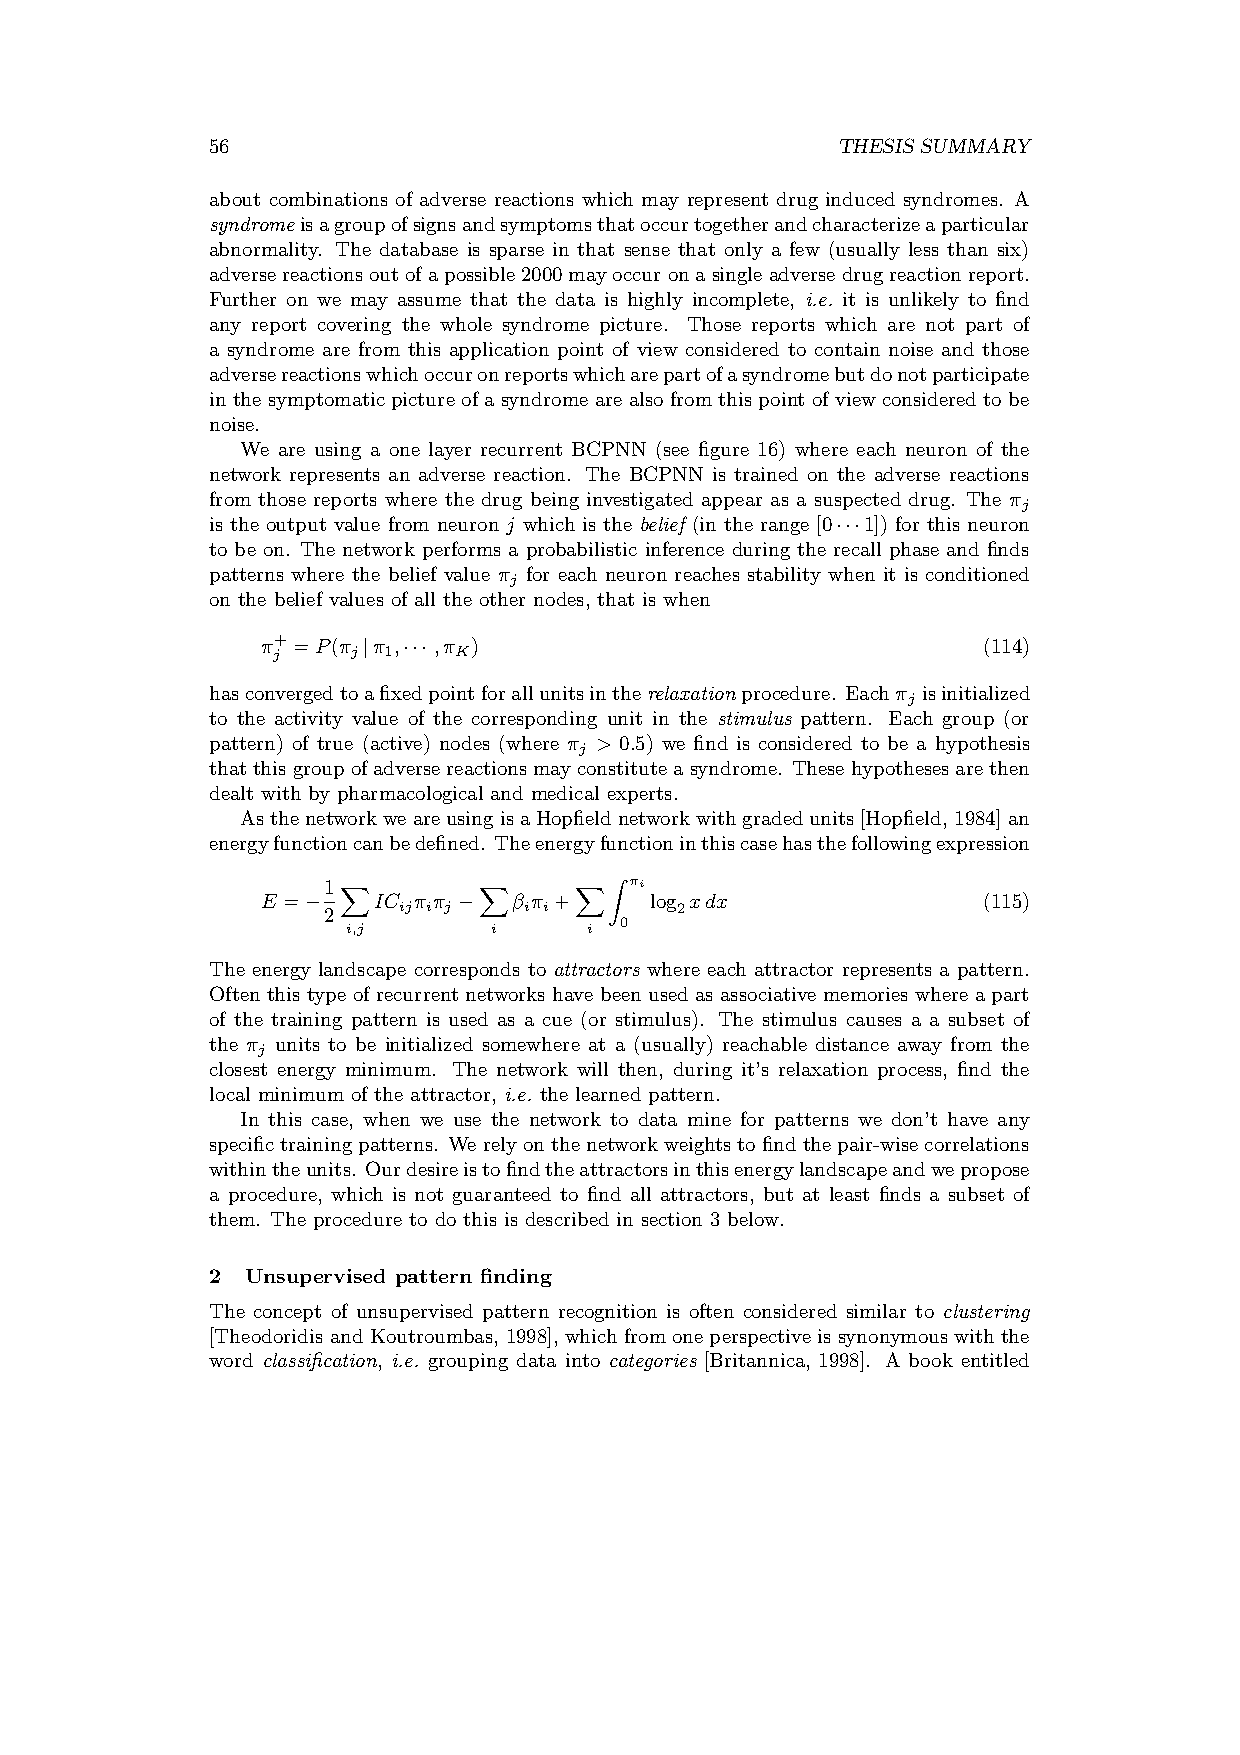
56                                       THESIS SUMMARY
 about combinations of adverse reactions which may represent drug induced syndromes. A
 syndromeisagroupofsignsandsymptomsthatoccurtogetherandcharacterizeaparticular
 abnormality. The database is sparse in that sense that only a few (usually less than six)
 adversereactionsoutofapossible2000mayoccuronasingleadversedrugreactionreport.
 Further on we may assume that the data is highly incomplete, i.e. it is unlikely to find
 any report covering the whole syndrome picture. Those reports which are not part of
 a syndrome are from this application point of view considered to contain noise and those
 adversereactionswhichoccuronreportswhicharepartofasyndromebutdonotparticipate
 in the symptomatic picture of a syndrome are also from this point of view considered to be
 noise.
 We are using a one layer recurrent BCPNN (see figure 16) where each neuron of the
 network represents an adverse reaction. The BCPNN is trained on the adverse reactions
 from those reports where the drug being investigated appear as a suspected drug. The π
 j
 is the output value from neuron j which is the belief (in the range [0 1]) for this neuron
 ¢¢¢
 to be on. The network performs a probabilistic inference during the recall phase and finds
 patterns where the belief value π for each neuron reaches stability when it is conditioned
 j
 on the belief values of all the other nodes, that is when
 π+ =P(π π , ,π )                                (114)
 j    j j 1 ¢¢¢ K
 hasconvergedtoafixedpointforallunitsintherelaxationprocedure. Eachπ isinitialized
 j
 to the activity value of the corresponding unit in the stimulus pattern. Each group (or
 pattern) of true (active) nodes (where π > 0.5) we find is considered to be a hypothesis
 j
 thatthisgroupofadversereactionsmayconstituteasyndrome. Thesehypothesesarethen
 dealt with by pharmacological and medical experts.
 AsthenetworkweareusingisaHopfieldnetworkwithgradedunits[Hopfield, 1984]an
 energyfunctioncanbedefined. Theenergyfunctioninthiscasehasthefollowingexpression
 1                    πi
 E =     IC π π   β π +    log xdx               (115)
 ¡2    ij i j ¡ i i       2
 i,j      i      i Z0
 X        X     X
 The energy landscape corresponds to attractors where each attractor represents a pattern.
 Often this type of recurrent networks have been used as associative memories where a part
 of the training pattern is used as a cue (or stimulus). The stimulus causes a a subset of
 the π units to be initialized somewhere at a (usually) reachable distance away from the
 j
 closest energy minimum. The network will then, during it’s relaxation process, find the
 local minimum of the attractor, i.e. the learned pattern.
 In this case, when we use the network to data mine for patterns we don’t have any
 specifictrainingpatterns. Werelyonthenetworkweightstofindthepair-wisecorrelations
 withintheunits. Ourdesireistofindtheattractorsinthisenergylandscapeandwepropose
 a procedure, which is not guaranteed to find all attractors, but at least finds a subset of
 them. The procedure to do this is described in section 3 below.
 2 Unsupervised pattern finding
 The concept of unsupervised pattern recognition is often considered similar to clustering
 [Theodoridis and Koutroumbas, 1998], which from one perspective is synonymous with the
 word classification, i.e. grouping data into categories [Britannica, 1998]. A book entitled